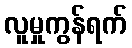
လူမှုကွန်ရက်